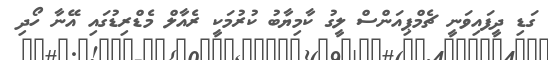
ގަޑި ދީފައިވަނީ ޗެމްޕިއަންސް ލީގު ކާމިޔާބު ކުރުމަކީ ރެއާލް މެޑްރިޑުގައި އޭނާ ހޯދި